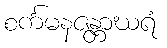
စင်္ကမနဇန္တာဃရံ